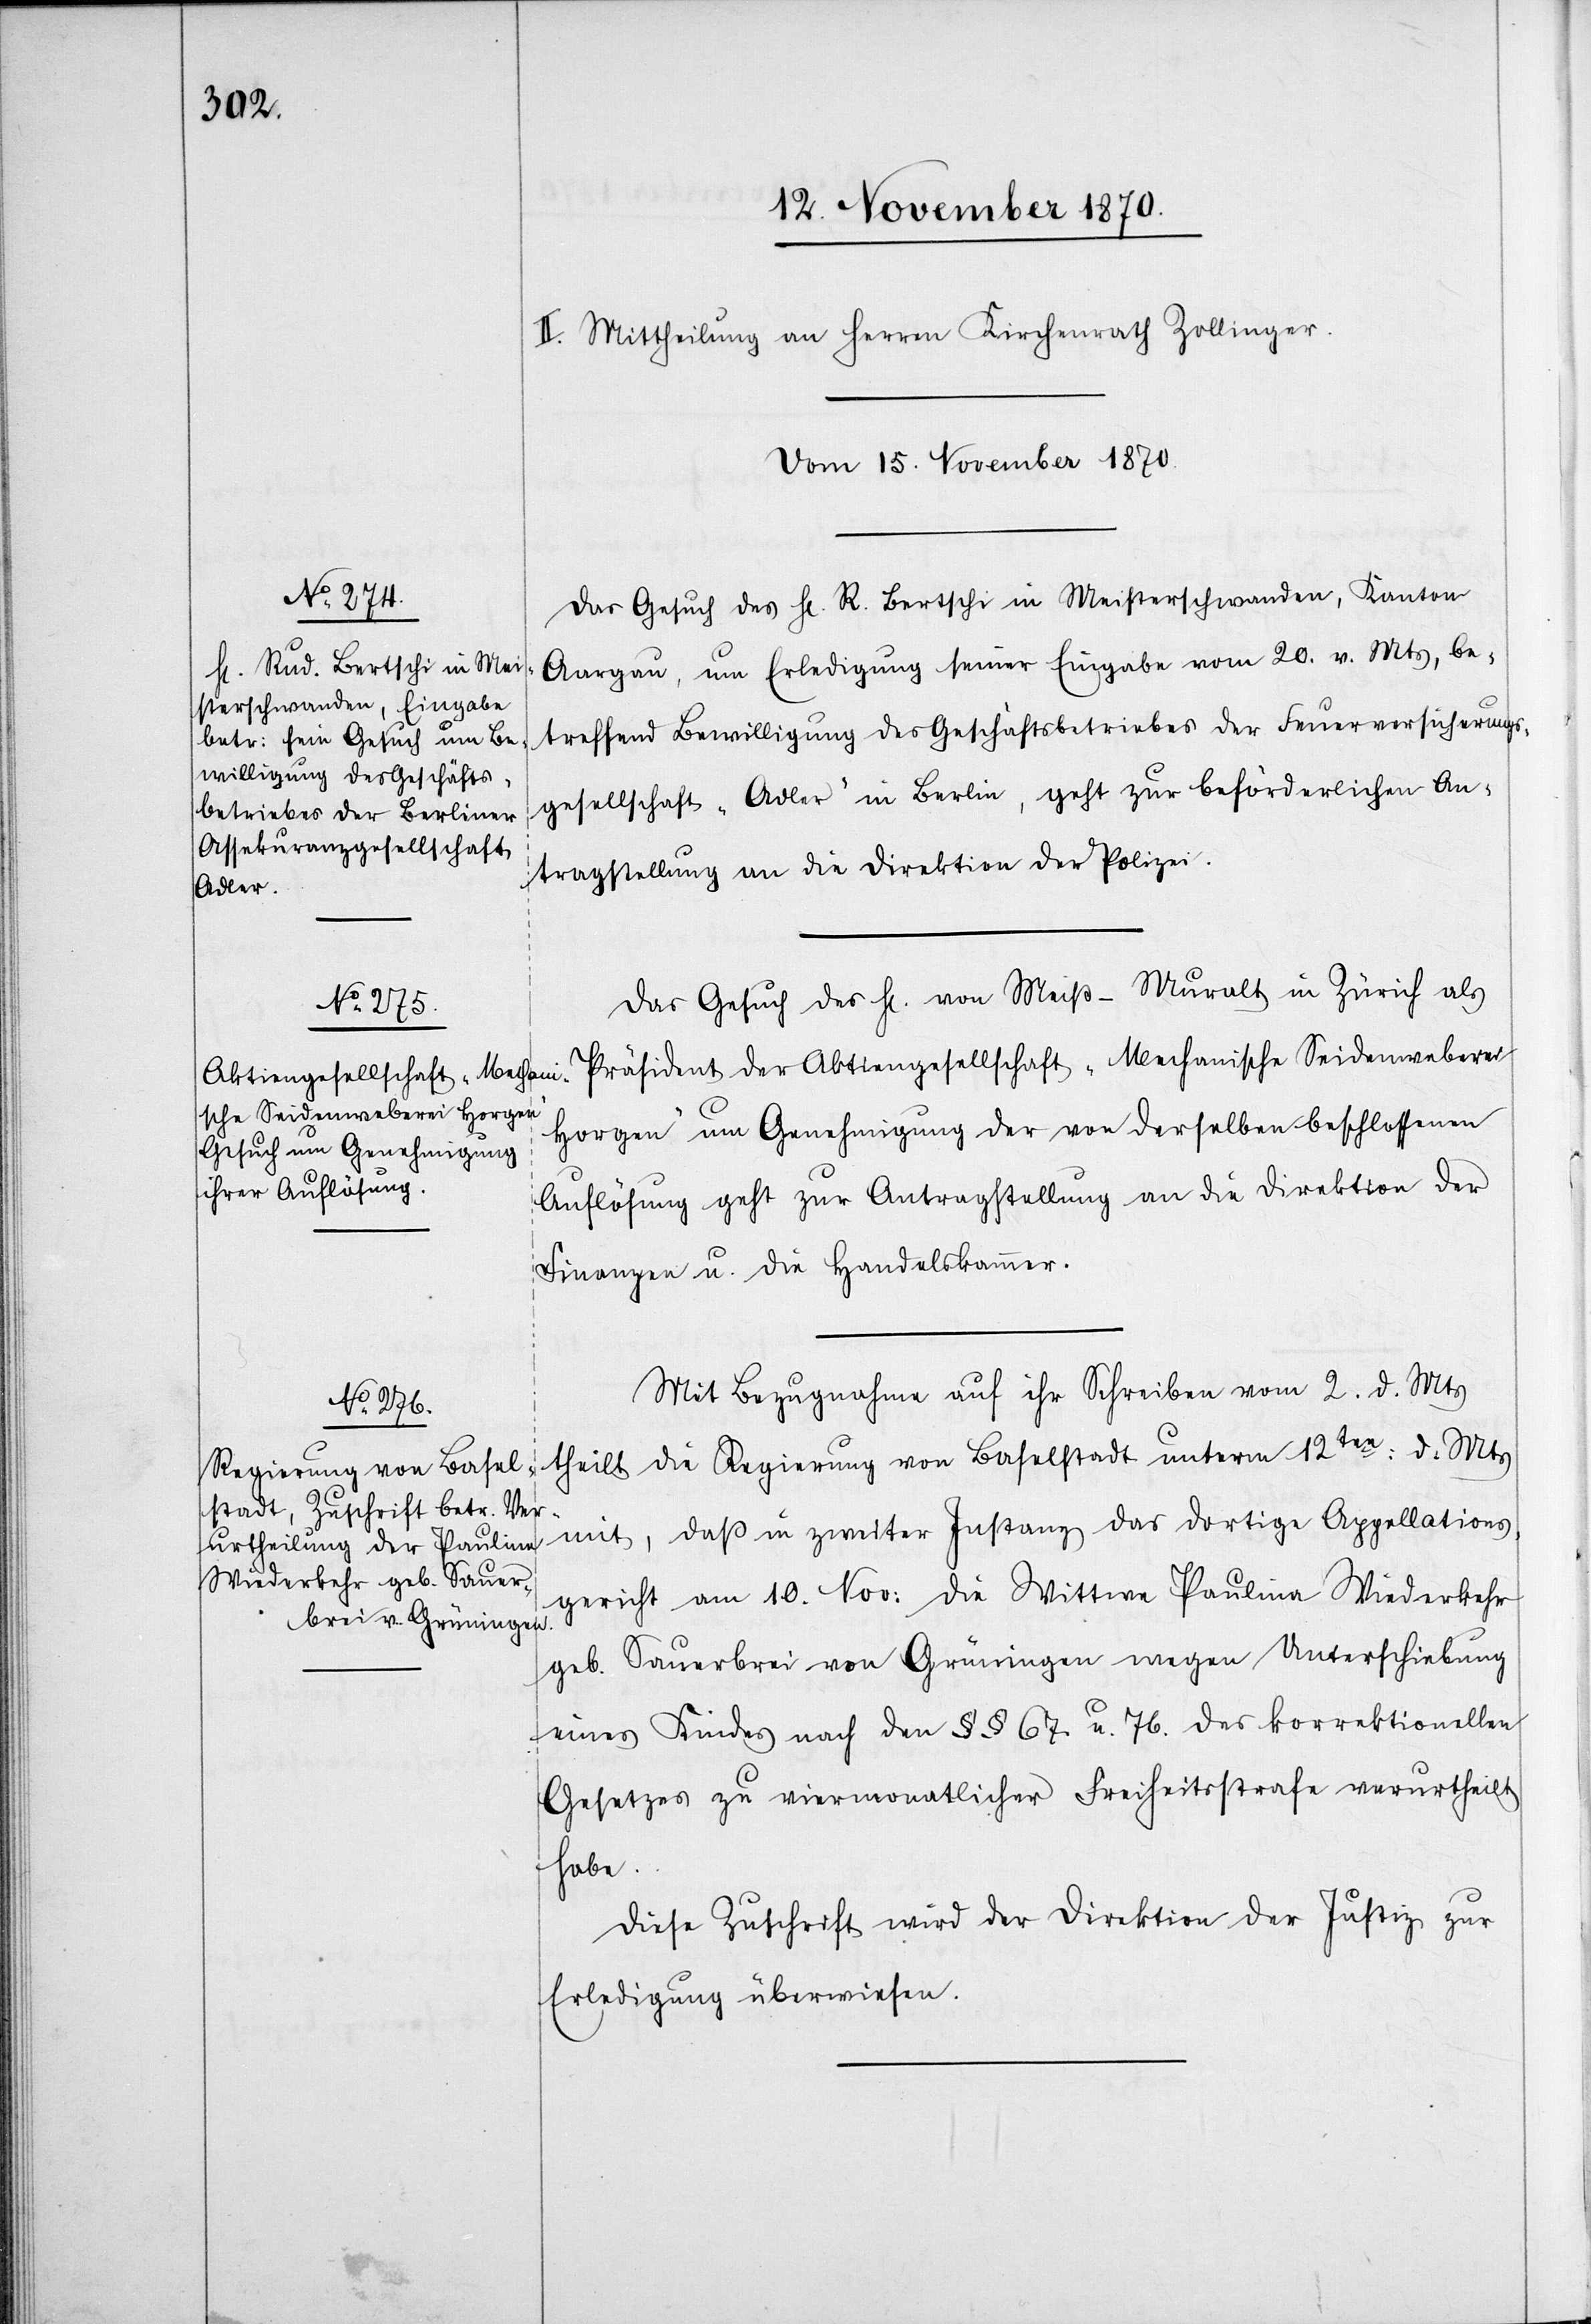
II. Mittheilung an Herren Kirchenrath Zollinger.
Vom 15. November 1870.]
Das Gesuch des H[errn] R. Bertschi in Meisterschwanden, Kanton
Aargau, um Erledigung seiner Eingabe vom 20. v. Mts, be¬
treffend Bewilligung des Geschäftsbetriebes der Feuerversicherungs¬
gesellschaft „Adler“ in Berlin, geht zur beförderlichen An¬
tragstellung an die Direktion der Polizei.
Das Gesuch des H[errn] von Weiß-Muralt in Zürich als
Präsident der Aktiengesellschaft „Mechanische Seidenweberei
Horgen“ um Genehmigung der von derselben beschlossenen
Auflösung geht zur Antragstellung an die Direktion der
Finanzen u. die Handelskammer.
Mit Bezugnahme auf ihr Schreiben vom 2. d. Mts
die Regierung von Baselstadt unterm 12ten: d. Mts
theilt
daß in zweiter Instanz das dortige Appellations¬
mit,
gericht am 10. Nov: die Wittwe Paulina Wiederkehr
geb. Sauerbrei von Grüningen wegen Unterschiebung
eines Kindes nach den §§ 67 u. 76. des korrektionellen
Gesetzes zu viermonatlicher Freiheitsstrafe verurtheilt
habe.
Diese Zuschrift wird der Direktion der Justiz zur
Erledigung überwiesen.